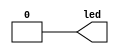
module turnOnLED (output led);

/* Turn-on LED */ 
assign led = 1'b0;

endmodule